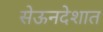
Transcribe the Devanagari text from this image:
सेऊनदेशात